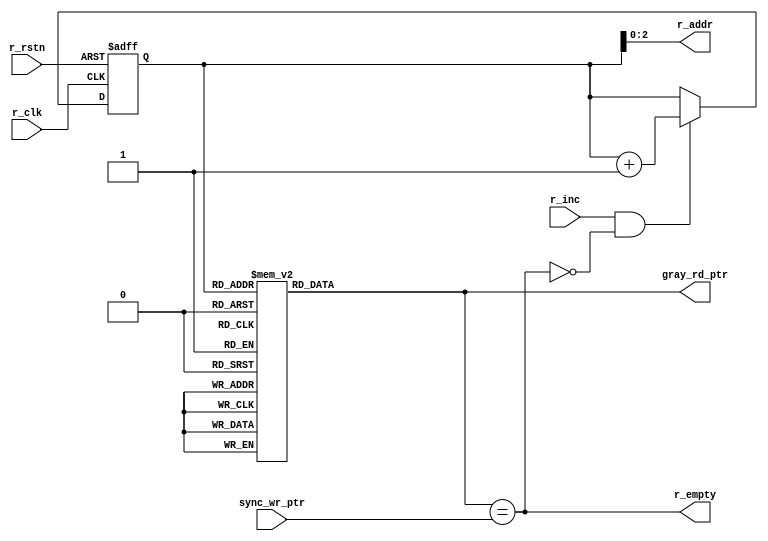

module fifo_rd #(
	parameter	DATA_WIDTH = 8,
	parameter   PTR_WIDTH = 4
	) (
	input	wire							r_clk,
	input	wire							r_rstn,
	input	wire							r_inc,
	input	wire		[PTR_WIDTH-1:0]		sync_wr_ptr,
	output	wire							r_empty,
	output  wire		[PTR_WIDTH-2:0]     r_addr,
	output  reg			[PTR_WIDTH-1:0]     gray_rd_ptr
	);


// read pointer
reg			[PTR_WIDTH-1:0]     r_ptr;

//incrementing read pointer
always @(posedge r_clk or negedge r_rstn) begin
	if (!r_rstn) begin
		r_ptr 		<=		'b0;
	end
	else if (r_inc	&	!r_empty) begin
		r_ptr 		<=	r_ptr 	+	'b1;
	end
end

// assigning read address
assign 	r_addr 	=	r_ptr[PTR_WIDTH-2:0] ;

//assigning empty flag
assign r_empty = (gray_rd_ptr == sync_wr_ptr);



//converting read pointer to Gray encoded 
always @(*) begin
	//if (!r_rstn) begin
	//	gray_rd_ptr		<=		'b0;
	//end
	//else begin
		case(r_ptr)
		'b0000	:	gray_rd_ptr		=	'b0000;
		'b0001	:	gray_rd_ptr		=	'b0001;
		'b0010	:	gray_rd_ptr		=	'b0011;
		'b0011	:	gray_rd_ptr		=	'b0010;
		'b0100	:	gray_rd_ptr		=	'b0110;
		'b0101	:	gray_rd_ptr		=	'b0111;
		'b0110	:	gray_rd_ptr		=	'b0101;
		'b0111	:	gray_rd_ptr		=	'b0100;
		'b1000	:	gray_rd_ptr		=	'b1100;
		'b1001	:	gray_rd_ptr		=	'b1101;
		'b1010	:	gray_rd_ptr		=	'b1111;
		'b1011	:	gray_rd_ptr		=	'b1110;
		'b1100	:	gray_rd_ptr		=	'b1010;
		'b1101	:	gray_rd_ptr		=	'b1011;
		'b1110	:	gray_rd_ptr		=	'b1001;
		'b1111	:	gray_rd_ptr		=	'b1000;
		endcase


	//end
end




endmodule